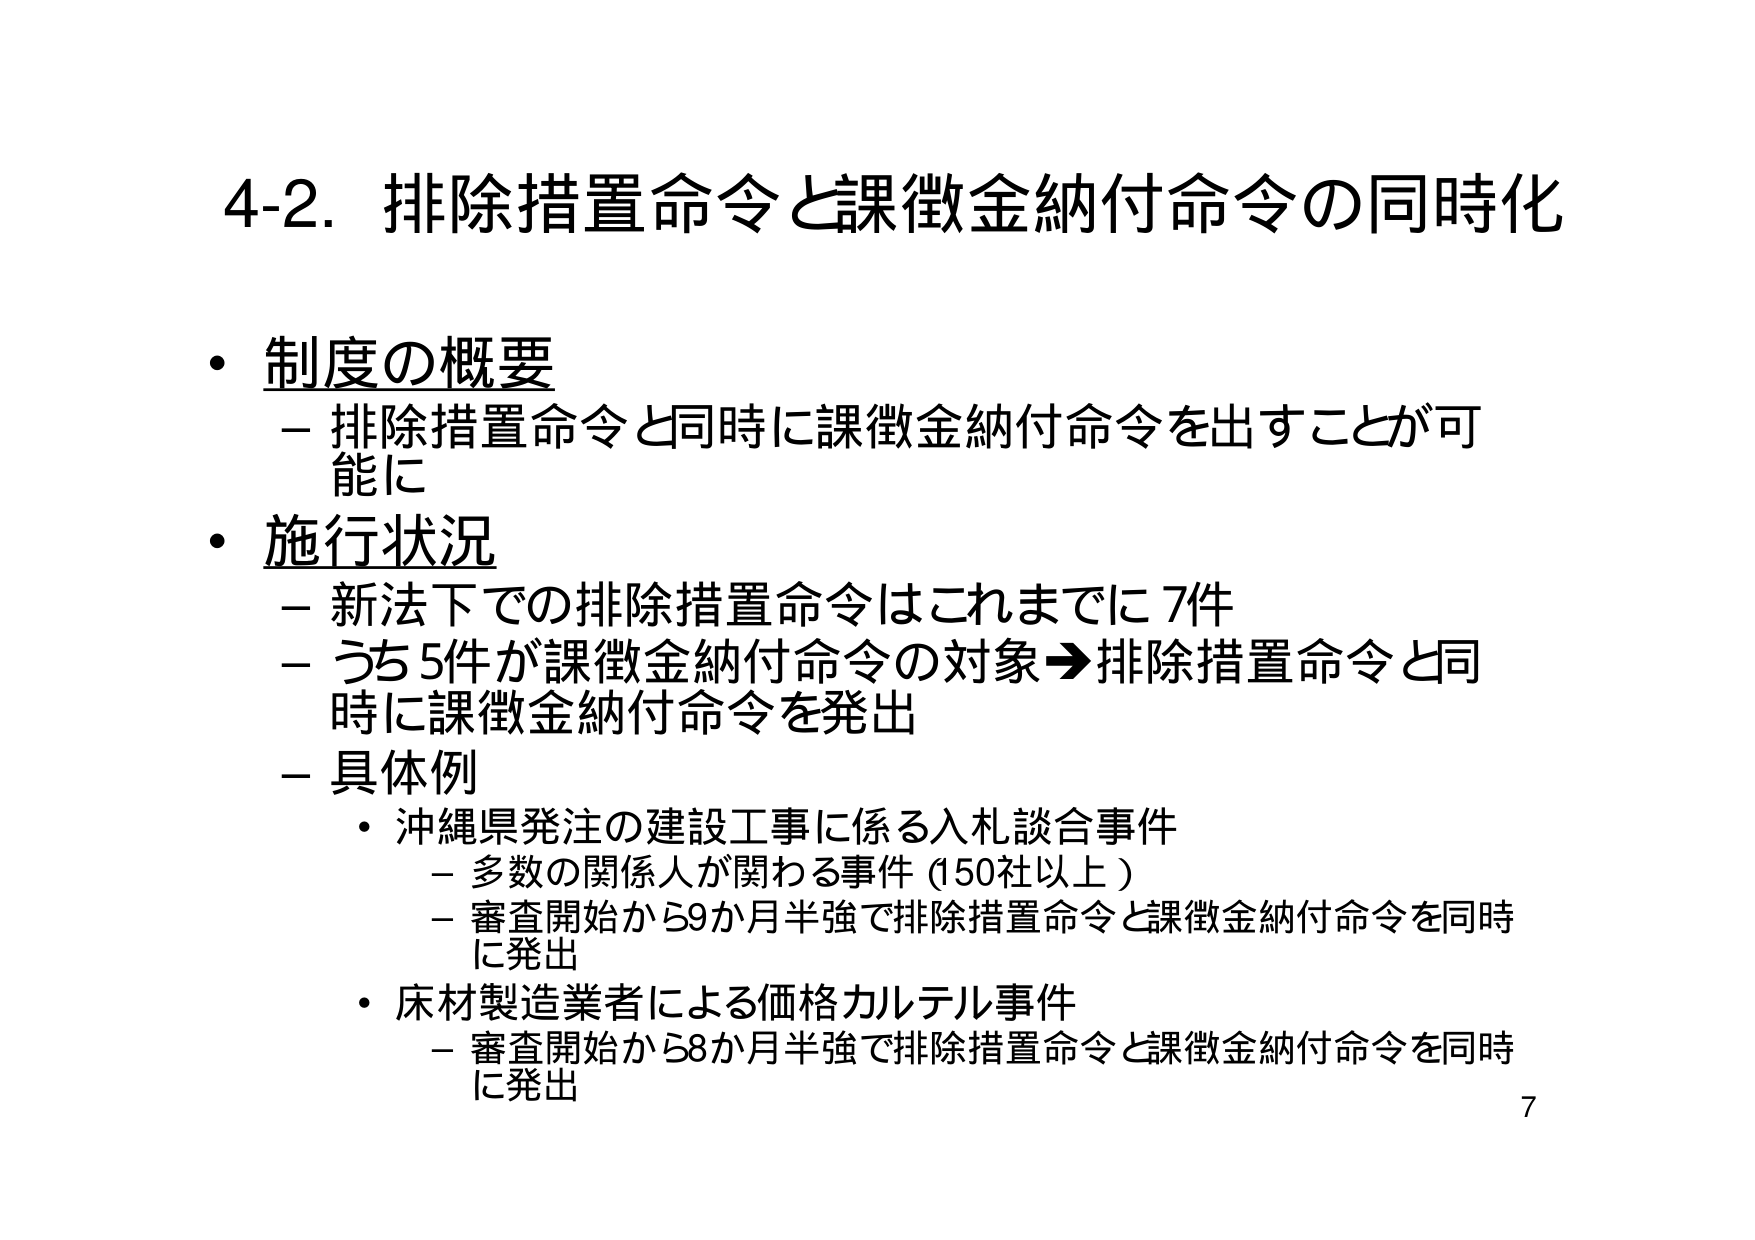
4-2. 排除措置命令と課徴金納付命令の同時化

・制度の概要
　－排除措置命令と同時に課徴金納付命令を出すことが可能に

・施行状況
　－新法下での排除措置命令はこれまでに7件
　－うち5件が課徴金納付命令の対象⇒排除措置命令と同時に課徴金納付命令を発出
　－具体例
　　・沖縄県発注の建設工事に係る入札談合事件
　　　－多数の関係人が関わる事件（150社以上）
　　　－審査開始から9か月半強で排除措置命令と課徴金納付命令を同時に発出
　　・床材製造業者による価格カルテル事件
　　　－審査開始から8か月半強で排除措置命令と課徴金納付命令を同時に発出

7